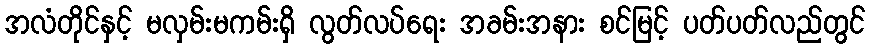
အလံတိုင်နှင့် မလှမ်းမကမ်းရှိ လွတ်လပ်ရေး အခမ်းအနား စင်မြင့် ပတ်ပတ်လည်တွင်